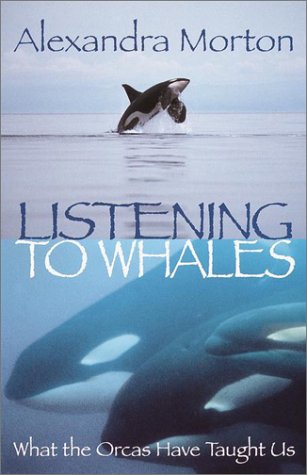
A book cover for Listening to Whales: What the Orcas Have Taught Us; Alexandra Morton; Sports & Outdoors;